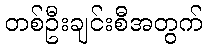
တစ်ဦးချင်းစီအတွက်